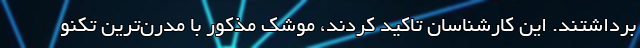
برداشتند. این کارشناسان تاکید کردند، موشک مذکور با مدرن‌ترین تکنو